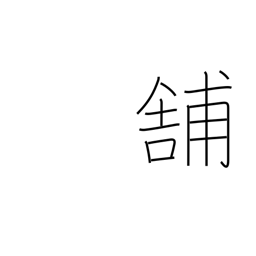
Meaning: pave